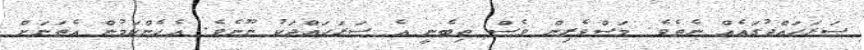
ސަރަހައްދުގައެއް ނެތެވެ. މަސްވެރިން ވެސް ތިބެނީ އެ ސަރަހައްދަކު ނޫނެވެ. އެހެންކަމުން އެތަނަށް